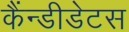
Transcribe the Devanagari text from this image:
कैंन्डीडेटस